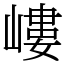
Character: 嶁